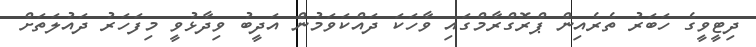
ދިޓީވީގެ ހަބަރު ތެރެއިން ޕްރޮގްރާމްގައި ވާހަކަ ދައްކަވަމުން އަދީބު ވިދާޅުވީ މިފަހަރު ދައުލަތަށް